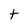
Character: t